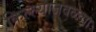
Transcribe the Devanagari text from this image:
किल्ल्याजवळचा